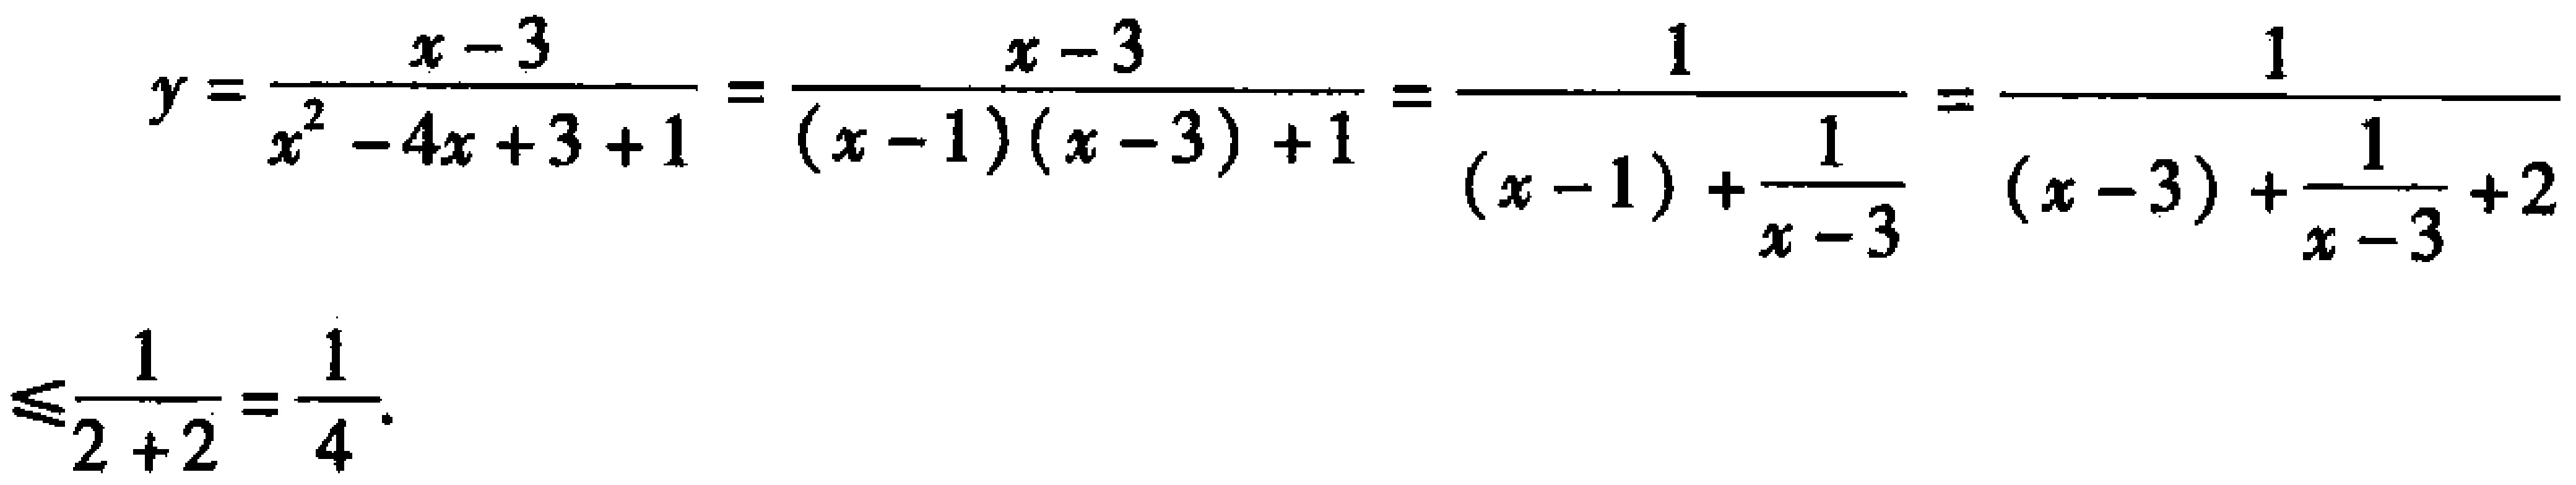
\[

y=\frac{x - 3}{x^{2}-4x + 3+1}=\frac{x - 3}{(x - 1)(x - 3)+1}=\frac{1}{(x - 1)+\frac{1}{x - 3}}=\frac{1}{(x - 3)+\frac{1}{x - 3}+2}\leq\frac{1}{2 + 2}=\frac{1}{4}.

\]